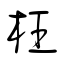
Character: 枉